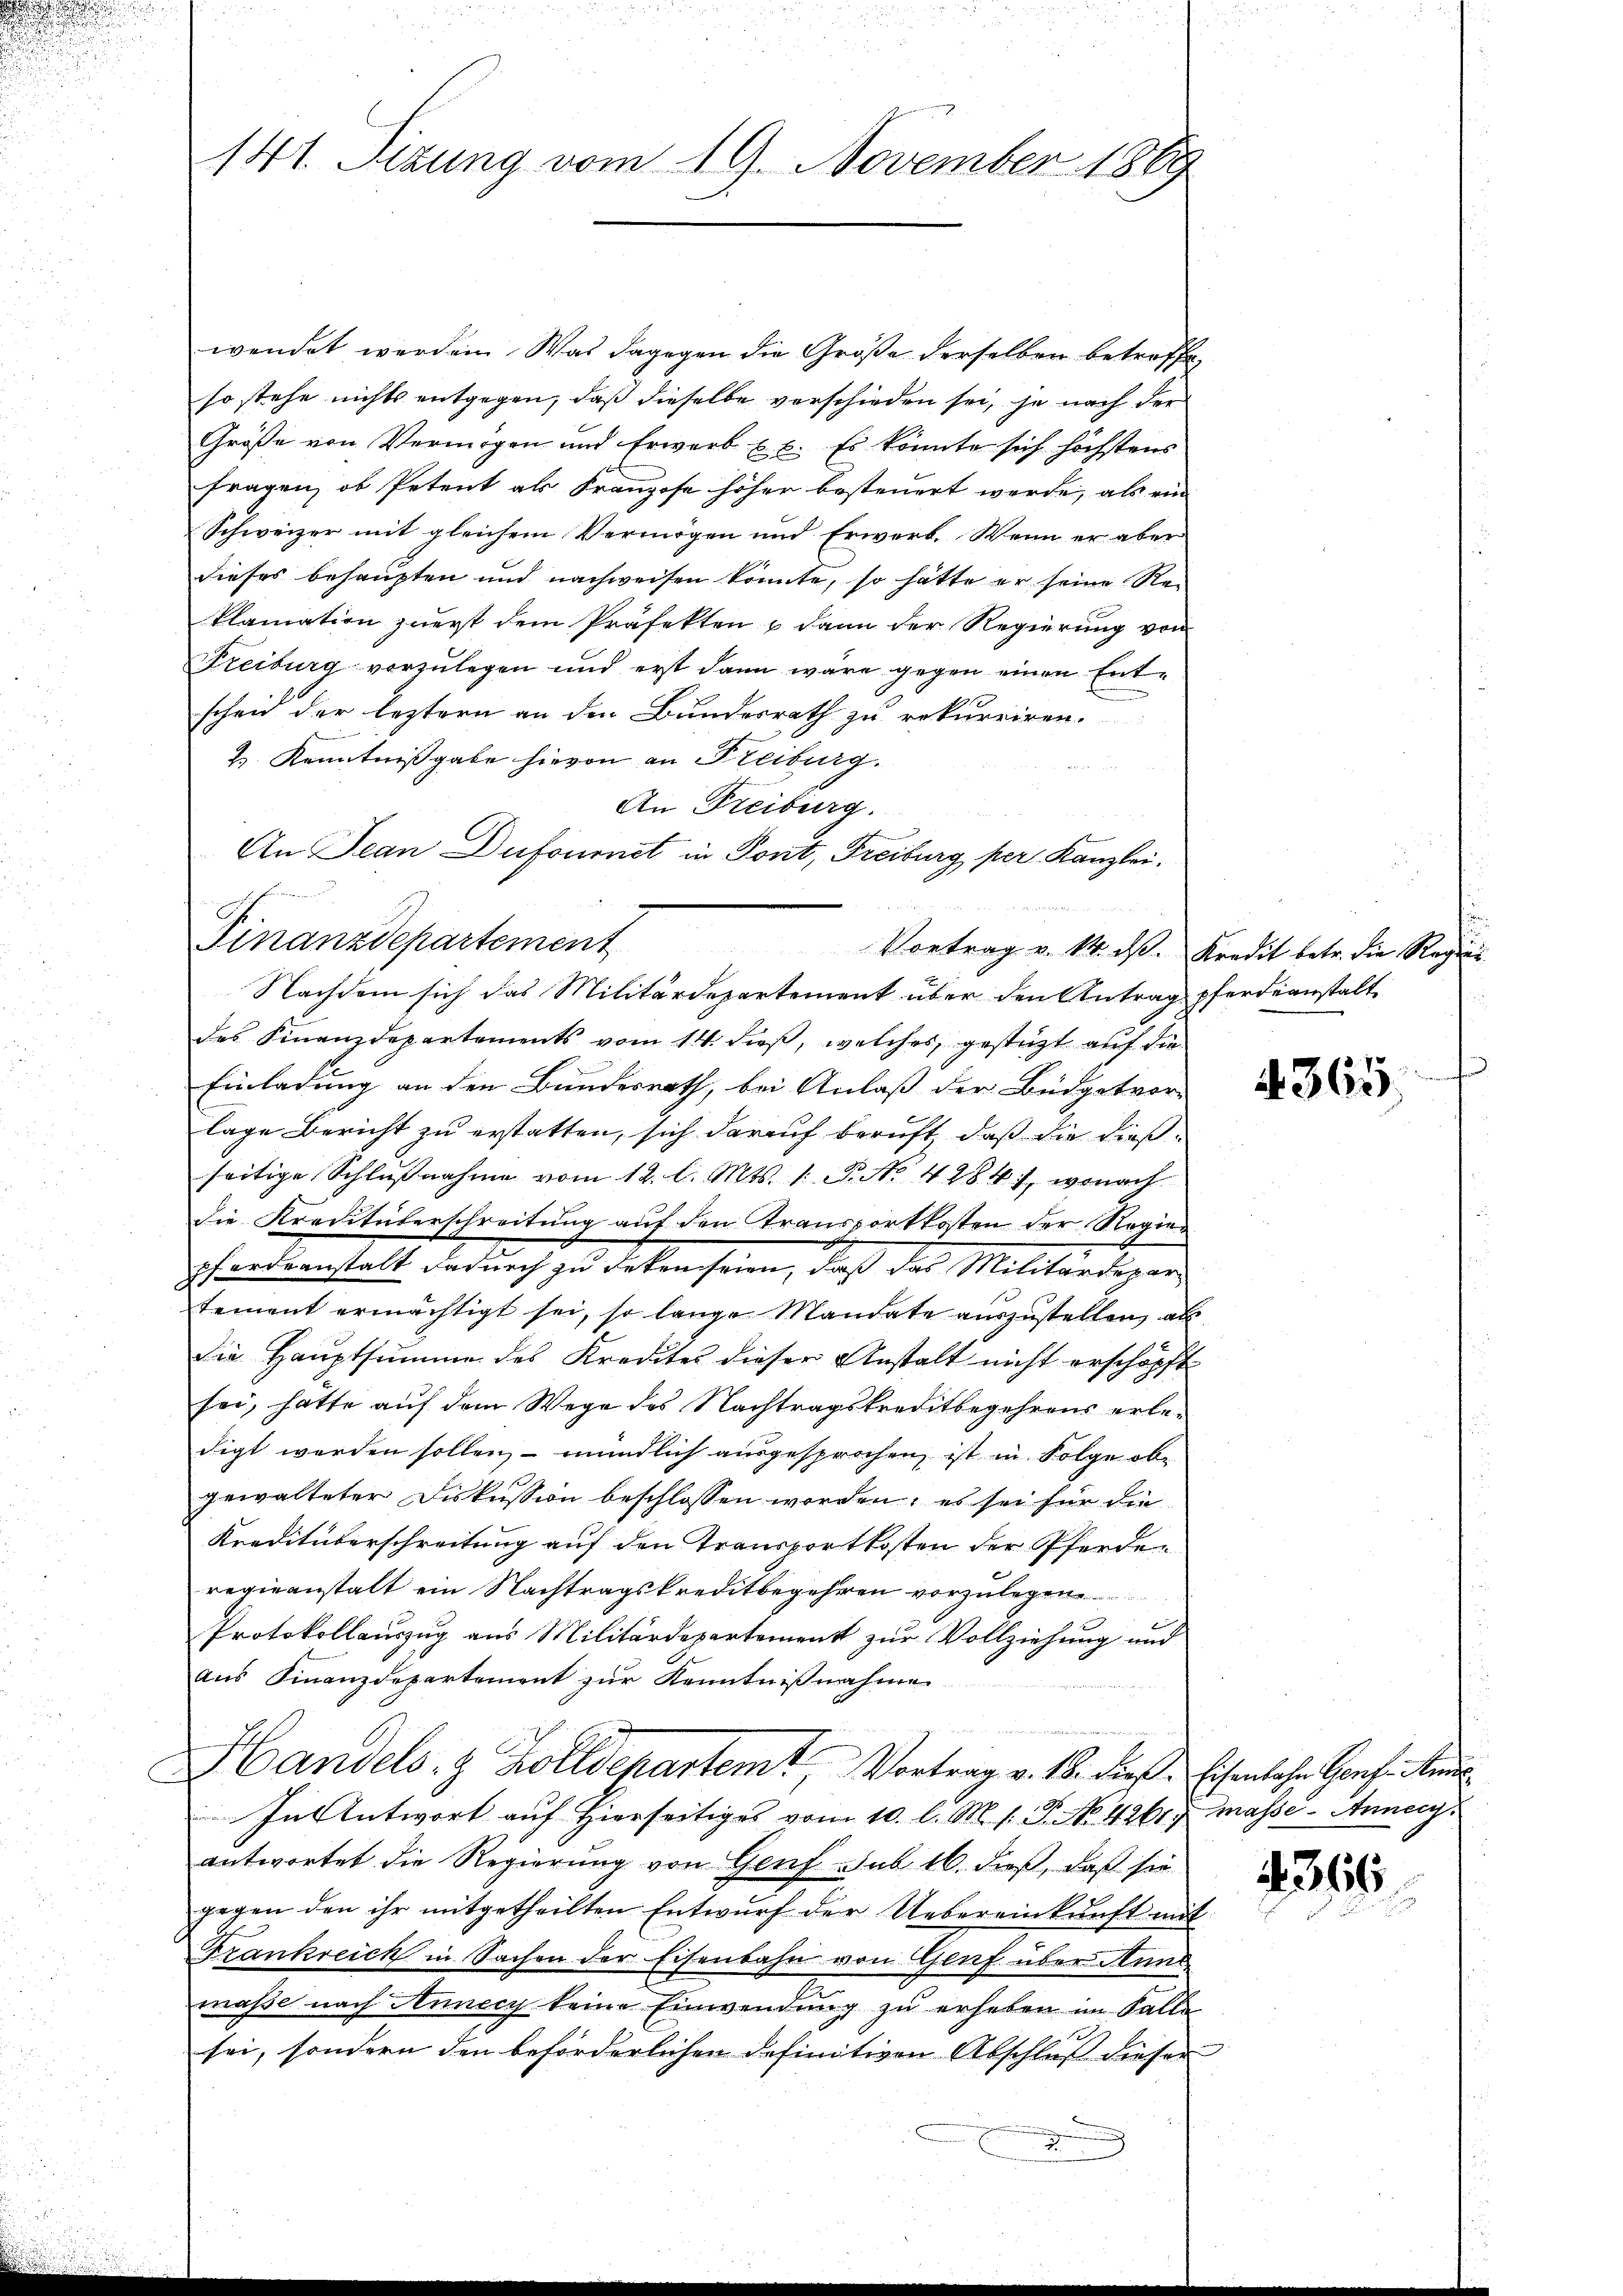
u

141. Sizung vom 19. November 1869

wendet werden. Was dagegen die Größe derselben betreffe,
so stehe nichts entgegen, daß dieselbe verschieden sei, je nach der
Größe von Vermögen und Erwerb u. c. Es könnte sich höchstens
fragen, ob Petent als Franzose höher besteuert werde, als ein
Schweizer mit gleichem Vermögen und Erwerb. Wenn er aber
dieses behaupten und nachweisen könnte, so hätte er seine Reklamation zuerst dem Präfekten u dann der Regierung von
Freiburg vorzulegen und erst dann wäre gegen einen Entscheid der leztern an den Bundesrath zu rekurriren.
& Kenntnißgabe hievon an Freiburg.
u
des Finanzdepartements vom 14. dieß, welches gestützt auf die
Einladung an den Bundesrath, bei Anlaß der Büdgetvor-
lage Bericht zu erstatten, sich darauf beruft, daß die dießseitige Schlußnahme vom 12. l. Mts. 1. P. No. 4284), wonach
die Kreditaterschreitung auf den Transportkosten der Regier
herdienstalt dadurch zu daten sein, daß der Militärdigen
tement ermächtigt sei, so lange Mandate auszustellen, als
die Hauptsumme des Kredites dieser Anstalt nicht erschöpft
sei, hatte auf dem Wege des Nachtragskreditbegehrens erledigt werden sollen, – mündlich ausgesprochen, ist in Folge ob-
gewalteter Diskussion beschlossen worden, es sei für die
Kreditüberschreitung auf den Transportkosten der Pferden
revieanstalt ein Nachtragskreditbegehren vorzulege
Protokollauszug aus Militärdepartement zur Vollziehung und
aus Finanzdepartement zur Kenntnißnahme
Handels- & Zolldepartemt, Vortrag v. 18. dieß. Eisenlohn Genf Kinde
In Antwort auf Hierseitiges vom 10. l. M. s. P. No 4261, masse - Annen
antwortet die Regierung von Genf sub 16. dieß, daß sie
gegen den ihr mitgetheilten Entwurf der Uebereinkunft mit
Verankreich in Sachen der Eisenbahn von Genf über Anne
maße nach Annecy keine Einwendung zu erheben im Falle
sei, sondern den beförderlichen definitiven Abschluß dieser

An Freiburg.
An Jean Dufoumet in Pont, Freiburg per Kanzlei.
Finanzdepartement
Vortrag v. 14. d. Kredit betr. die Regien
Nachdem sich das Militärdepartement über den Antrag pferdeanstalt

4365

2366